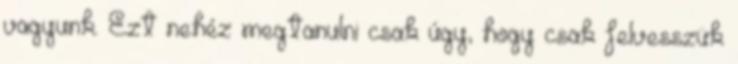
vagyunk. Ezt nehéz megtanulni csak úgy, hogy csak felvesszük